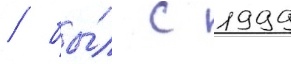
/ бы́л с 1999